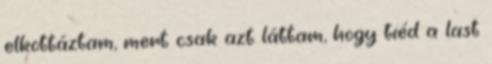
elkottáztam, mert csak azt láttam, hogy tiéd a last